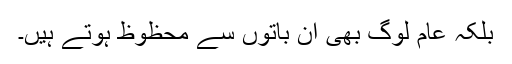
بلکہ عام لوگ بھی ان باتوں سے محظوظ ہوتے ہیں۔